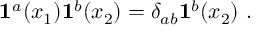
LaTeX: { \bf 1 } ^ { a } ( x _ { 1 } ) { \bf 1 } ^ { b } ( x _ { 2 } ) = \delta _ { a b } { \bf 1 } ^ { b } ( x _ { 2 } ) \, \, .